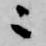
ニ